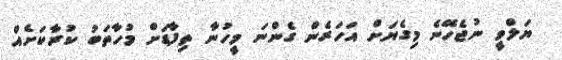
ޔަލްވީ ނުޖެހޭނެ މިގެޔަށް އަހަރެން ގެންނަ މީހުނާ ތިފާޑަށް މުހާތަބު ކުރާކަށެއް